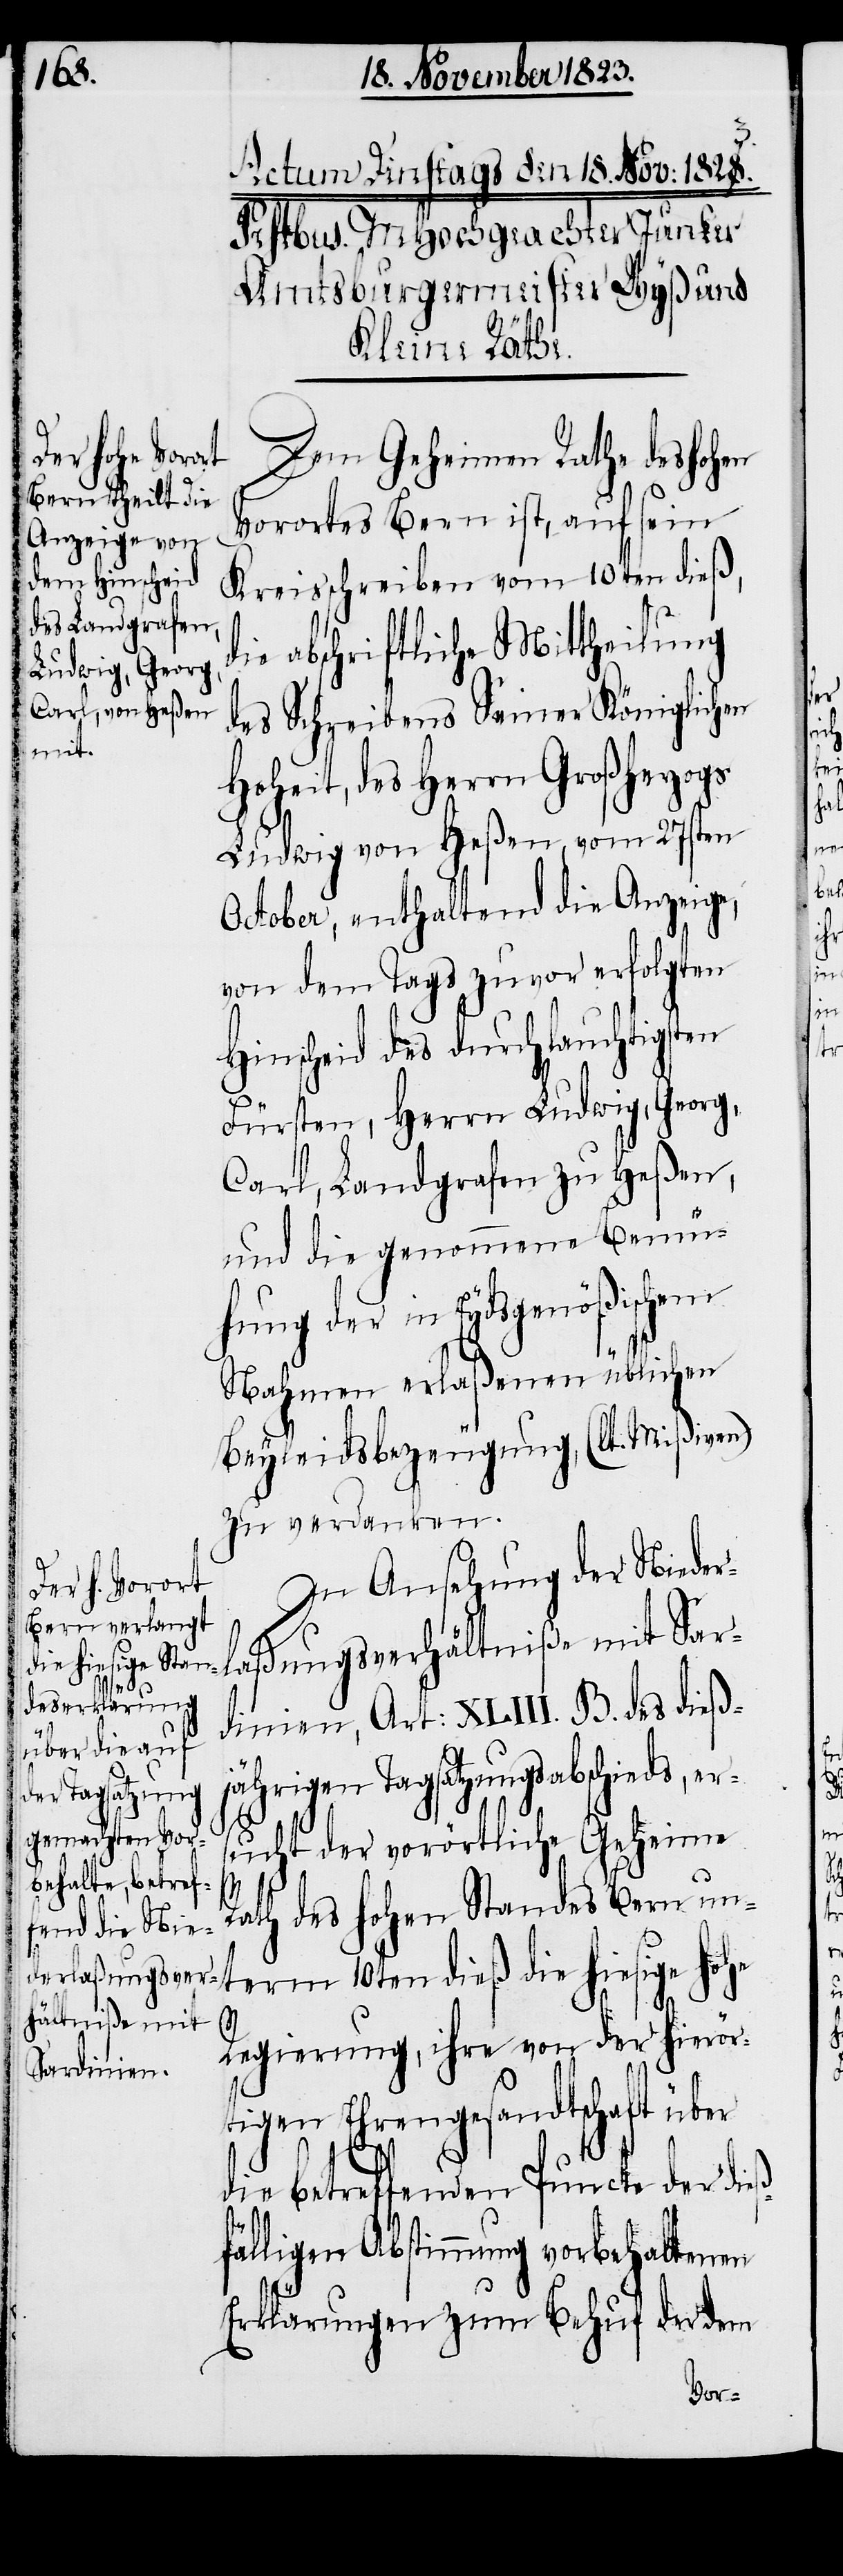
Dem Geheimen Rathe des hohen
Vorortes Bern ist, auf sein
Kreisschreiben vom 10ten dieß,
die abschriftliche Mittheilung
des Schreibens Seiner Königlichen
Hoheit, des Herrn Großherzogs
Ludwig von Heßen, vom 27sten
October, enthaltend die Anzeige,
von dem Tags zuvor erfolgten
Hinscheid des durchlauchtigsten
Fürsten, Herrn Ludwig, Georg,
Carl, Landgrafen zu Heßen,
und die genommene Bemü¬
hung der in Eydsgenößischem
Nahmen erlaßenen üblichen
Beyleidsbezeugung, (lt. Mißiven)
zu verdanken.
In Ansehung der Nieder¬
laßungsverhältniße mit Sar¬
die hiesige hohe
eß¬
dinien, Art: XLIII. B. des dieß¬
jährigen Tagsatzungsabschieds, er¬
sucht der vorörtliche Geheime
Rath des hohen Standes Bern un¬
Regierung, ihre von der hierör¬
tigen Ehrengesandtschaft über
die betreffenden Puncte der di¬
fälligen Abstimmung vorbehaltenen
Erklärungen zum Behuf der dem